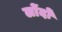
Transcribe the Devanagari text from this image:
लोंदों